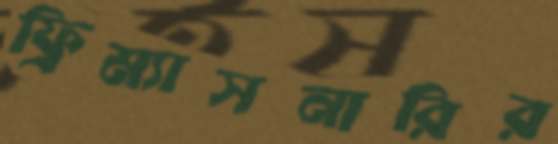
ফ্রিম্যাসনারির